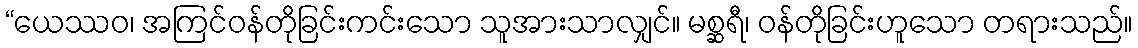
“ယေဿဝ၊ အကြင်ဝန်တိုခြင်းကင်းသော သူအားသာလျှင်။ မစ္ဆရီ၊ ဝန်တိုခြင်းဟူသော တရားသည်။